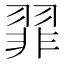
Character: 𫅪